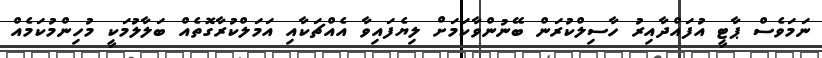
ނަމަވެސް ޕާޓީ އުފައްދާއިރު ހާސިލްކުރަން ބޭނުންވާކަމަށް ލިޔެފައިވާ އެއްޗަކާއި އަމަލްކުރާގޮތެއް ބަލާލުމަކީ މުހިންމުކަމެއް